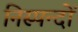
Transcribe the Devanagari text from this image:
निस्पन्दों